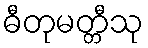
ဓီတုမတ္တီသု